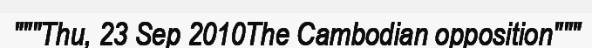
"""Thu, 23 Sep 2010The Cambodian opposition"""